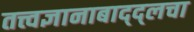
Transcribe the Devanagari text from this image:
तत्त्वज्ञानाबाद्द्लचा